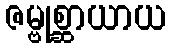
ဇမ္ဗုစ္ဆာယာယ